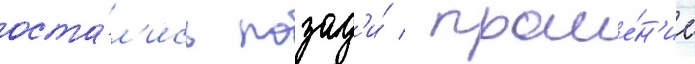
оста́л'ись позад'и́ / проше́н'ие